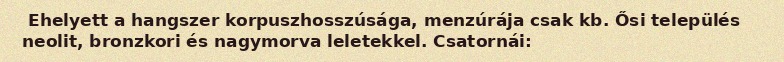
Ehelyett a hangszer korpuszhosszúsága, menzúrája csak kb. Ősi település neolit, bronzkori és nagymorva leletekkel. Csatornái: